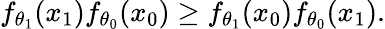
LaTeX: f_{\theta_{1}}(x_{1})f_{\theta_{0}}(x_{0})\geq f_{\theta_{1}}(x_{0})f_{\theta_{0}}(x_{1}).